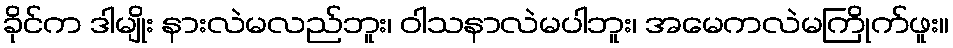
ခိုင်က ဒါမျိုး နားလဲမလည်ဘူး၊ ဝါသနာလဲမပါဘူး၊ အမေကလဲမကြိုက်ဖူး။